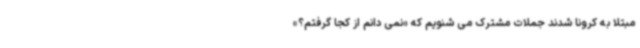
مبتلا به کرونا شدند جملات مشترک می شنویم که «نمی دانم از کجا گرفتم؟»